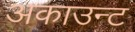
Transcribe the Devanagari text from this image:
अकाउन्ट